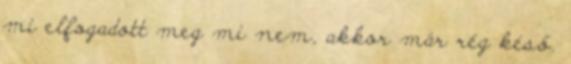
mi elfogadott meg mi nem, akkor már rég késő.